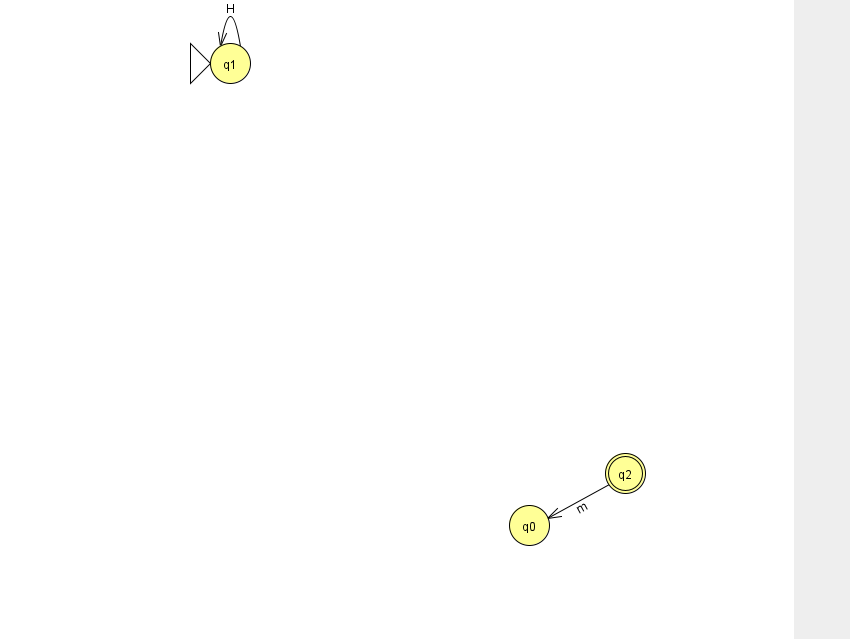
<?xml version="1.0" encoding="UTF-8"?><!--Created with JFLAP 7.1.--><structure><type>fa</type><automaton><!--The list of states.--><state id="0" name="q0"><x>529.0</x><y>512.0</y></state><state id="1" name="q1"><x>230.0</x><y>50.0</y><initial/></state><state id="2" name="q2"><x>625.0</x><y>460.0</y><final/></state><!--The list of transitions.--><transition><from>2</from><to>0</to><read>m</read></transition><transition><from>1</from><to>1</to><read>H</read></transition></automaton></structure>